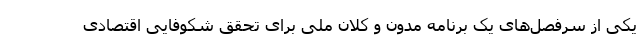
یکی از سرفصل‌های یک برنامه مدون و کلان ملی برای تحقق شکوفایی اقتصادی